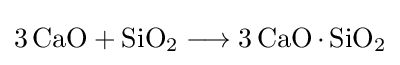
{3\,\mathrm {CaO} {}+{}\mathrm {SiO} {\vphantom {A}}_{\smash[{t}]{2}}{}\mathrel {\longrightarrow } {}3\,\mathrm {CaO} \,{\cdot }\,\mathrm {SiO} {\vphantom {A}}_{\smash[{t}]{2}}}